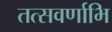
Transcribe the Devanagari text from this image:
तत्सवर्णाभि